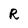
Character: R